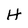
Character: H